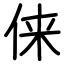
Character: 俫